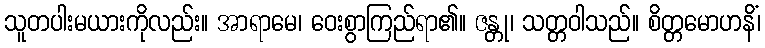
သူတပါးမယားကိုလည်း။ အာရာမေ၊ ဝေးစွာကြည်ရာ၏။ ဇန္တု၊ သတ္တဝါသည်။ စိတ္တမောဟနိံ၊